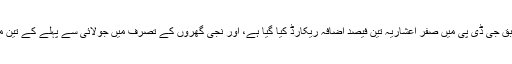
جولائی سے ستمبر تک کے اعداد و شمار کے مطابق جی ڈی پی میں صفر اعشاریہ تین فیصد اضافہ ریکارڈ کیا گیا ہے، اور نجی گھروں کے تصرف میں جولائی سے پہلے کے تین ماہ کی نسبت صفر اعشاریہ چھ فیصد اضافہ ہوا ہے۔